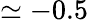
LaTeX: \simeq-0.5